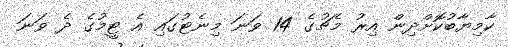
ކާމިޔާބުކޮށްދިން އިރު މެޗުގެ 14 ވަނަ މިނެޓުގައި އެ ޓީމުގެ ދެ ވަނަ